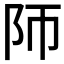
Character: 𱀃